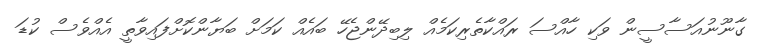
ގާނޫނުއަސާސީން ވަކި ހާއްސަ ރައްކާތެރިކަމެއް ލިބިދޭންޖެހޭ ބައެއް ކަމަށް ބަޔާންކޮށްފައިވާތީ އެއްވެސް ކުޑަ